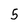
Character: 5